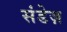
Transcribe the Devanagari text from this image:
संडेज़